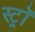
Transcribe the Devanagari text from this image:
स्ट्राॅ